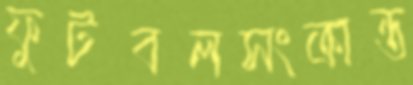
ফুটবলসংক্রান্ত